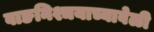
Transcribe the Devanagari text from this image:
वाङनिश्चयाच्यावेळी